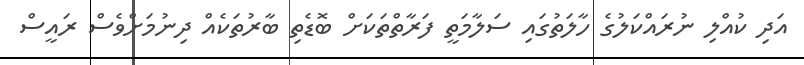
އަދި ކުއްލި ނުރައްކަލުގެ ހާލަތުގައި ސަލާމަތީ ފަރާތްތަކަށް ބޮޑެތި ބާރުތަކެއް ދިނުމަށްވެސް ރައީސް